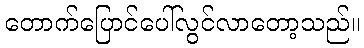
တောက်ပြောင်ပေါ်လွင်လာတော့သည်။